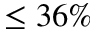
\leq 3 6 \%